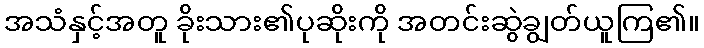
အသံနှင့်အတူ ခိုးသား၏ပုဆိုးကို အတင်းဆွဲချွတ်ယူကြ၏။